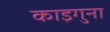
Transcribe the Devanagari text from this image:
काइगुना